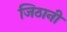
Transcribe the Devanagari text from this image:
जिठानी